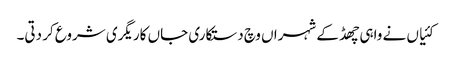
کئیاں نے واہی چھڈ کے شہراں وچ دستکاری جاں کاریگری شروع کر دتی۔